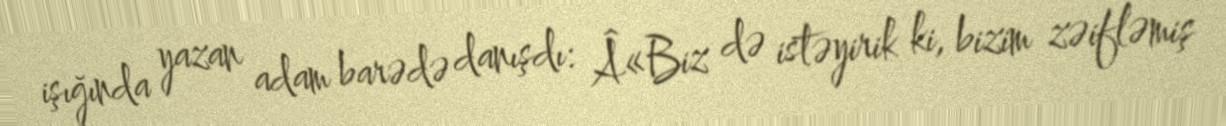
işığında yazan adam barədə danışdı: Â«Biz də istəyirik ki, bizim zəifləmiş